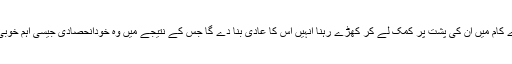
اس برعکس ہر چھوٹے بڑے کام میں ان کی پشت پر کمک لے کر کھڑے رہنا انہیں اس کا عادی بنا دے گا جس کے نتیجے میں وہ خودانحصادی جیسی اہم خوبی سے محروم رہ جائیں گے۔